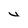
Character: u